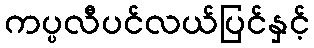
ကပ္ပလီပင်လယ်ပြင်နှင့်